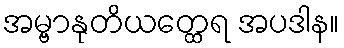
အမ္ဗာနုတိယတ္ထေရ အပဒါန။